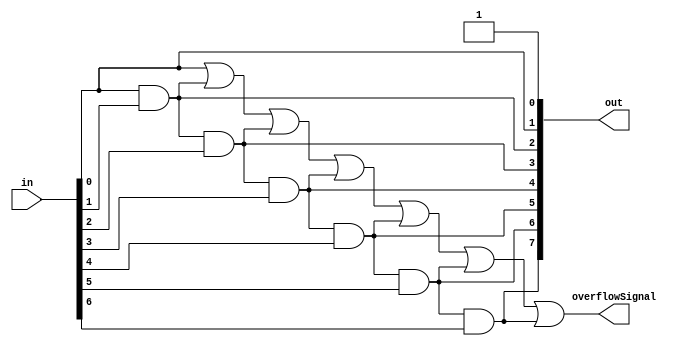
`timescale 1ns / 1ps
//////////////////////////////////////////////////////////////////////////////////
// Company: 
// Engineer: 
// 
// Design Name: 
// Module Name:    OverFlowIndicator 
// Project Name: 
// Target Devices: 
// Tool versions: 
// Description: 
//
// Dependencies: 
//
// Revision: 
// Revision 0.01 - File Created
// Additional Comments: 
//
//////////////////////////////////////////////////////////////////////////////////
`define HIGH 1'b1
`define LOW 1'b0

module OverFlowIndicator(
	overflowSignal,
	out,
	in
    );
	
	parameter BITWIDTH = 8;

	output overflowSignal;
	output [BITWIDTH - 1 : 0] out;
	input	[BITWIDTH - 1 : 0] in;
	
	wire [BITWIDTH - 1 : 0] out_node;
	
	assign out_node[0] = `HIGH;	// This bit is always set to High; Initial Carry in Mask to Adder Subtractor Unit
	assign out_node[1] = in[0];
	and(out_node[2], in[0], in[1]);
	and(out_node[3], out[2], in[2]);
	and(out_node[4], out[3], in[3]);
	and(out_node[5], out[4], in[4]);
	and(out_node[6], out[5], in[5]);
	and(out_node[7], out[6], in[6]);

	assign out = out_node;
	
	or(overflowSignal, out_node[1], out_node[2], out_node[3], out_node[4], out_node[5], out_node[6], out_node[7]);
	
endmodule